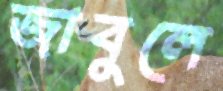
জাবুলে